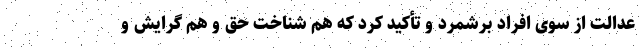
عدالت از سوی افراد برشمرد و تأکید کرد که هم شناخت حق و هم گرایش و